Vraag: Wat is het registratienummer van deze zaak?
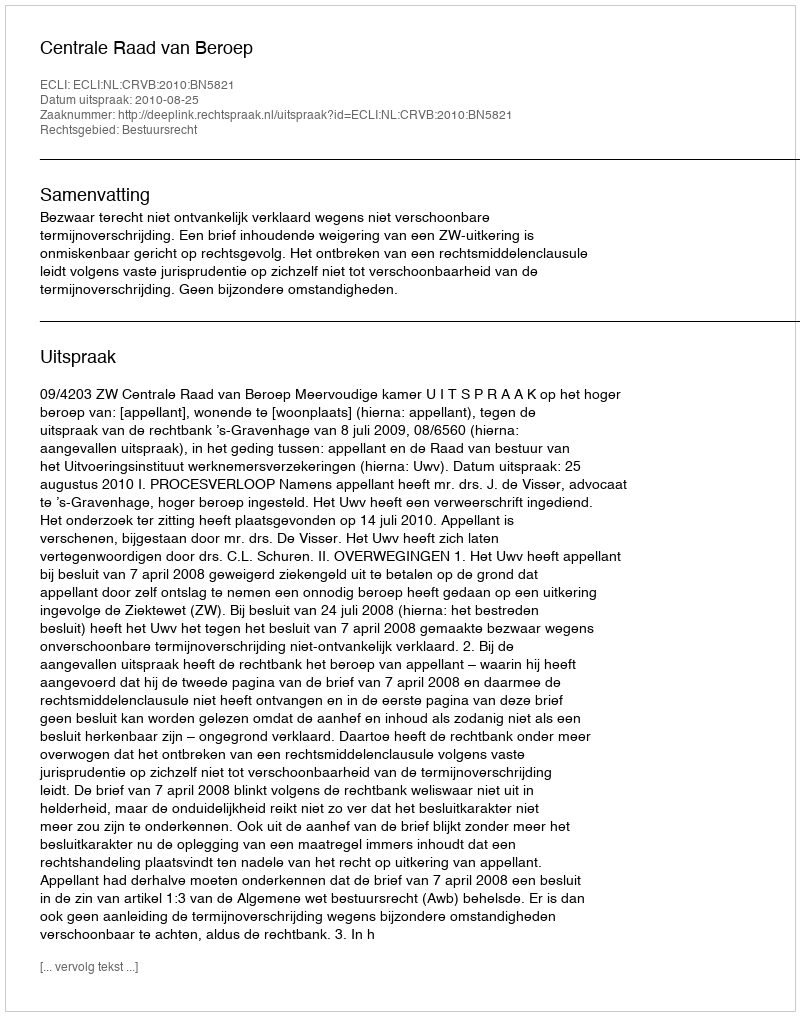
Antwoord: http://deeplink.rechtspraak.nl/uitspraak?id=ECLI:NL:CRVB:2010:BN5821